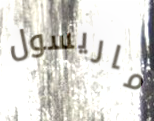
ماريسول